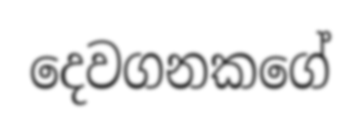
දෙවගනකගේ